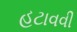
હટાવવી